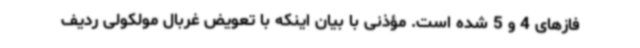
فازهای 4 و 5 شده است. مؤذنی با بیان اینکه با تعویض غربال مولکولی ردیف